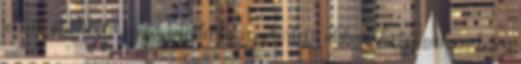
jellem örökölte, majd mindenki egyetértett abban, hogy milyen lesz